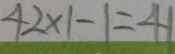
4 2 \times 1 - 1 = 4 1